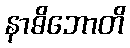
နာဓိဘောတိ